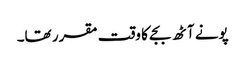
پونے آٹھ بجے کا وقت مقرر تھا۔